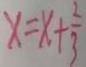
x = x + \frac { 2 } { 3 }